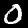
Digit: 0